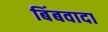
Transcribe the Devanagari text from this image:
बिंबवादा